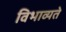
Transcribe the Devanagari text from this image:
विभाव्यते